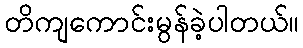
တိကျကောင်းမွန်ခဲ့ပါတယ်။